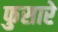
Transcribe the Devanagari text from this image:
फुसारे